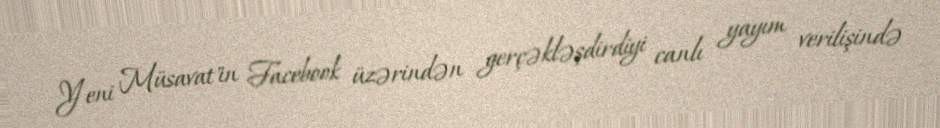
Yeni Müsavat"ın Facebook üzərindən gerçəkləşdirdiyi canlı yayım verilişində